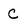
Character: c